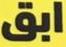
ابق